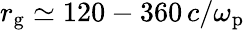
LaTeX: r_{\mathrm{g}}\simeq 120-360\, c/\omega_{\mathrm{p}}